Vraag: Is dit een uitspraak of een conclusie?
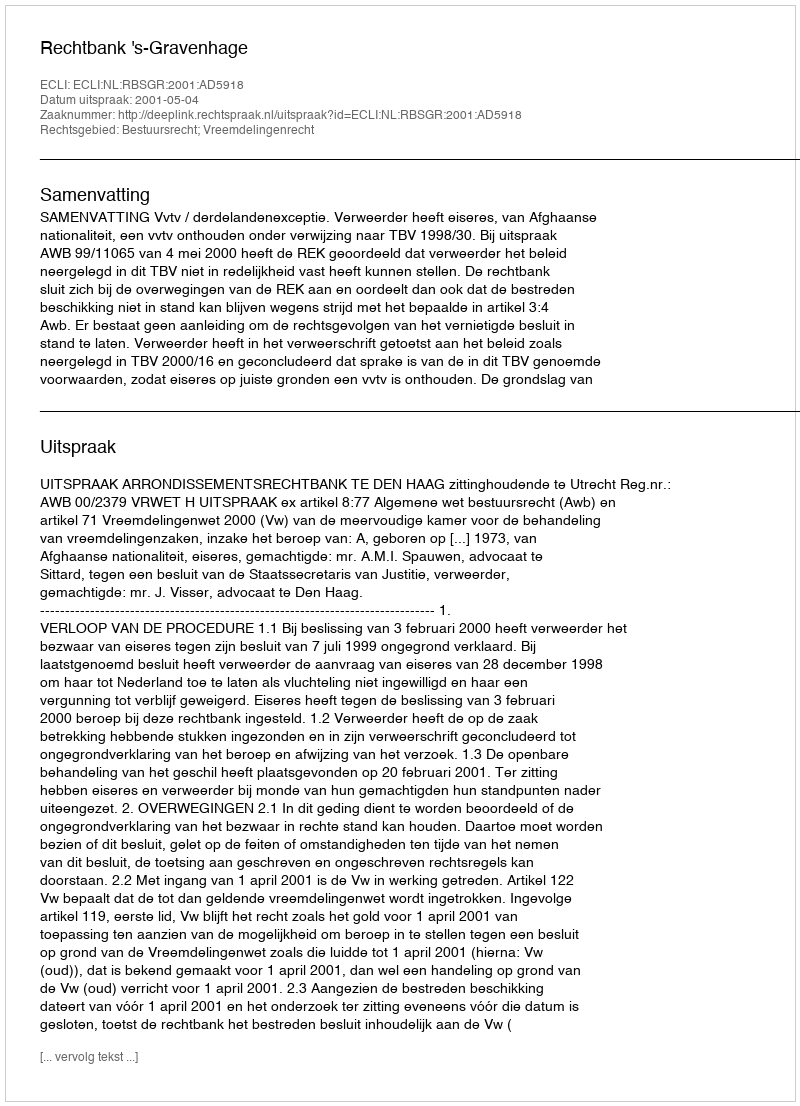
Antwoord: Uitspraak